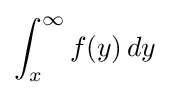
\int _{x}^{\infty }f(y)\,dy